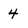
Character: 4